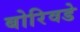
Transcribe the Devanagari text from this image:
बोरिवडे